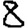
Digit: 8